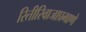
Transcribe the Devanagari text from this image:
रितीरिवाजाप्रमाणे